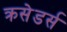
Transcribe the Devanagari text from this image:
क्रसेडर्स